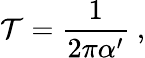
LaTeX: \mathcal{T}=\frac{1}{2\pi\alpha^{\prime}}\ ,